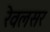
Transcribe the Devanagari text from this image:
रेवलसर